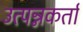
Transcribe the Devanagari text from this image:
उत्पन्नकर्ता